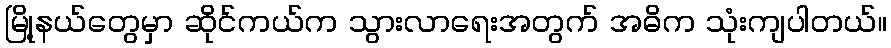
မြို့နယ်တွေမှာ ဆိုင်ကယ်က သွားလာရေးအတွက် အဓိက သုံးကျပါတယ်။